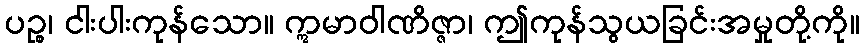
ပဉ္စ၊ ငါးပါးကုန်သော။ ဣမာဝါဏိဇ္ဇာ၊ ဤကုန်သွယခြင်းအမှုတို့ကို။